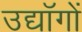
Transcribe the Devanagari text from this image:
उद्यॉगों